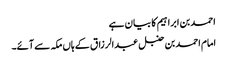
احمد بن ابراہیم کا بیان ہے
امام احمد بن حنبل عبدالرزاق کے ہاں مکہ سے آئے۔